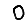
Digit: 0